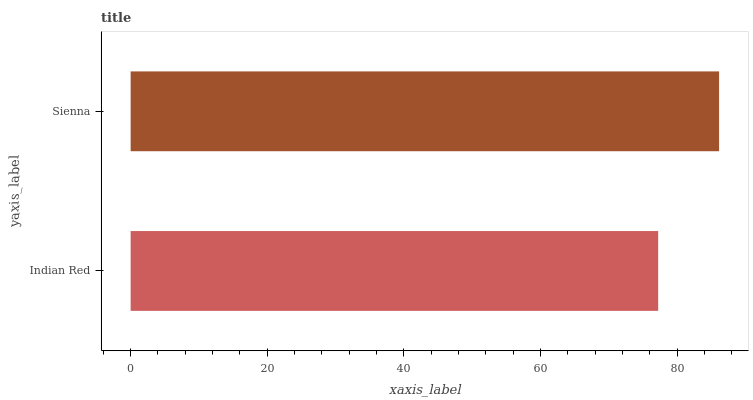
| yaxis_label | bars |
 | --- | --- |
 | Indian Red | 77.2 |
 | Sienna | 86.1 |